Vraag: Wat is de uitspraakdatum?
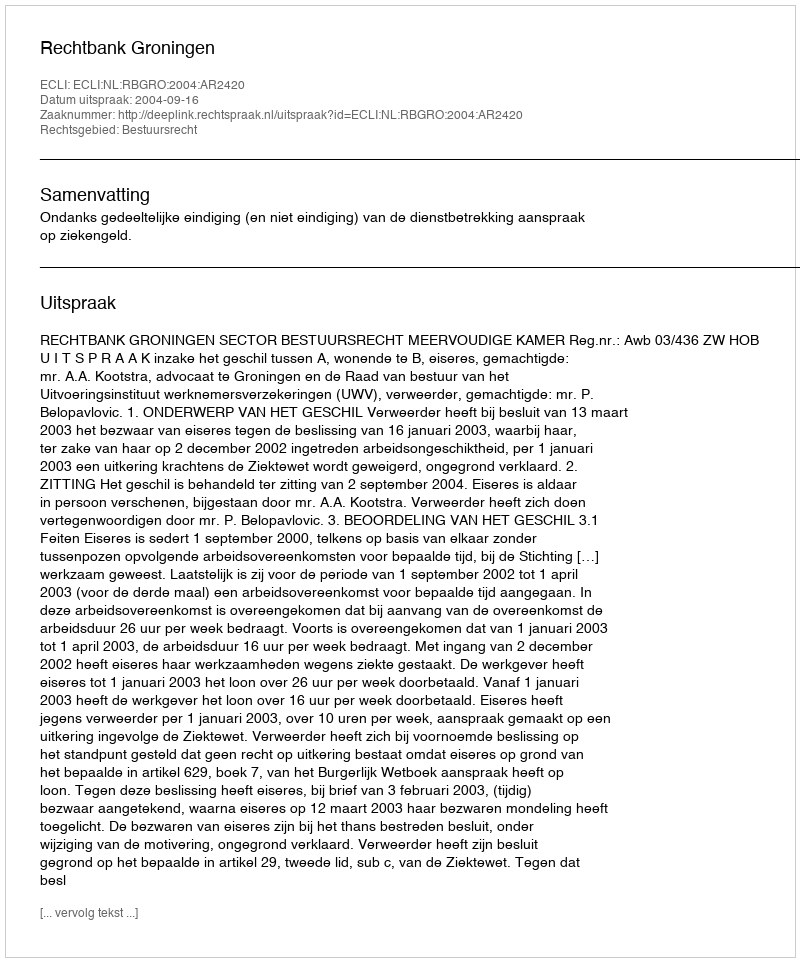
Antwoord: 2004-09-16